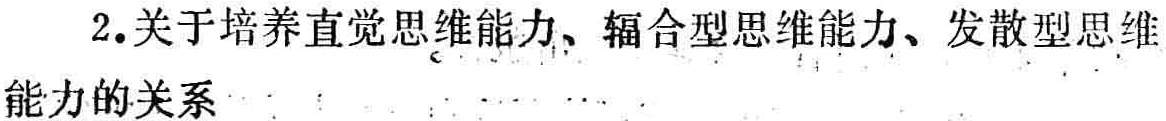
2.关于培养直觉思维能力、辐合型思维能力、发散型思维能力的关系